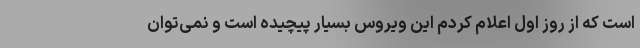
است که از روز اول اعلام کردم این ویروس بسیار پیچیده است و نمی‌توان